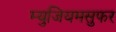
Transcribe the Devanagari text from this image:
म्युजियमसुफर